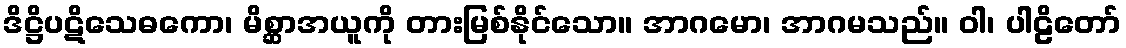
ဒိဋ္ဌိပဋိသေဓကော၊ မိစ္ဆာအယူကို တားမြစ်နိုင်သော။ အာဂမော၊ အာဂမသည်။ ဝါ၊ ပါဠိတော်